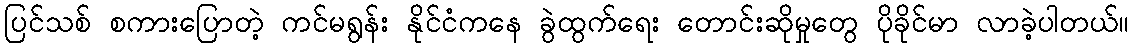
ပြင်သစ် စကားပြောတဲ့ ကင်မရွန်း နိုင်ငံကနေ ခွဲထွက်ရေး တောင်းဆိုမှုတွေ ပိုခိုင်မာ လာခဲ့ပါတယ်။